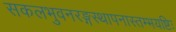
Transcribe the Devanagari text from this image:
सकलभुवनरङ्गस्थापनास्तम्भयष्टिः